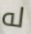
له